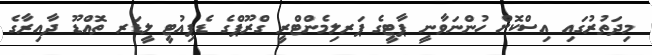
މިދަތުރުގައި އިސްކޮށް ހުންނަވާނީ ޕާޓީގެ ޕަރލިމެންޓްރީ ގްރޫޕްގެ ޑެޕިއުޓީ ލީޑަރ ތޮއްޑޫ ދާއިރާގެ